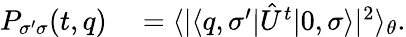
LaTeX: \begin{array}{rl}{P_{\sigma^{\prime}\sigma}(t,q)}&{{}=\langle|\langle q,\sigma^{\prime}|\hat{U}^{t}|0,\sigma\rangle|^{2}\rangle_{\theta}.}\end{array}